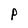
Character: P